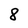
Character: 8